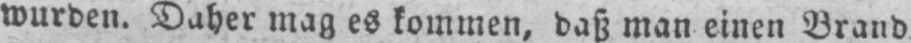
wurden. Daher mag es kommen, daß man einen Brand